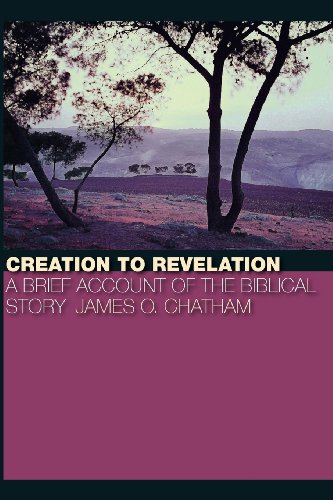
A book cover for Creation to Revelation; Chatham; Christian Books & Bibles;